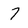
Character: 7